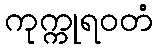
ကုက္ကုရဝတံ